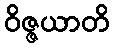
ဝိဇ္ဇယာတိ